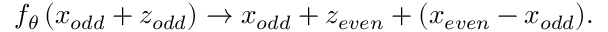
f _ { \theta } \left( x _ { o d d } + z _ { o d d } \right) \rightarrow x _ { o d d } + z _ { e v e n } + ( x _ { e v e n } - x _ { o d d } ) .